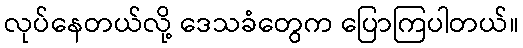
လုပ်နေတယ်လို့ ဒေသခံတွေက ပြောကြပါတယ်။